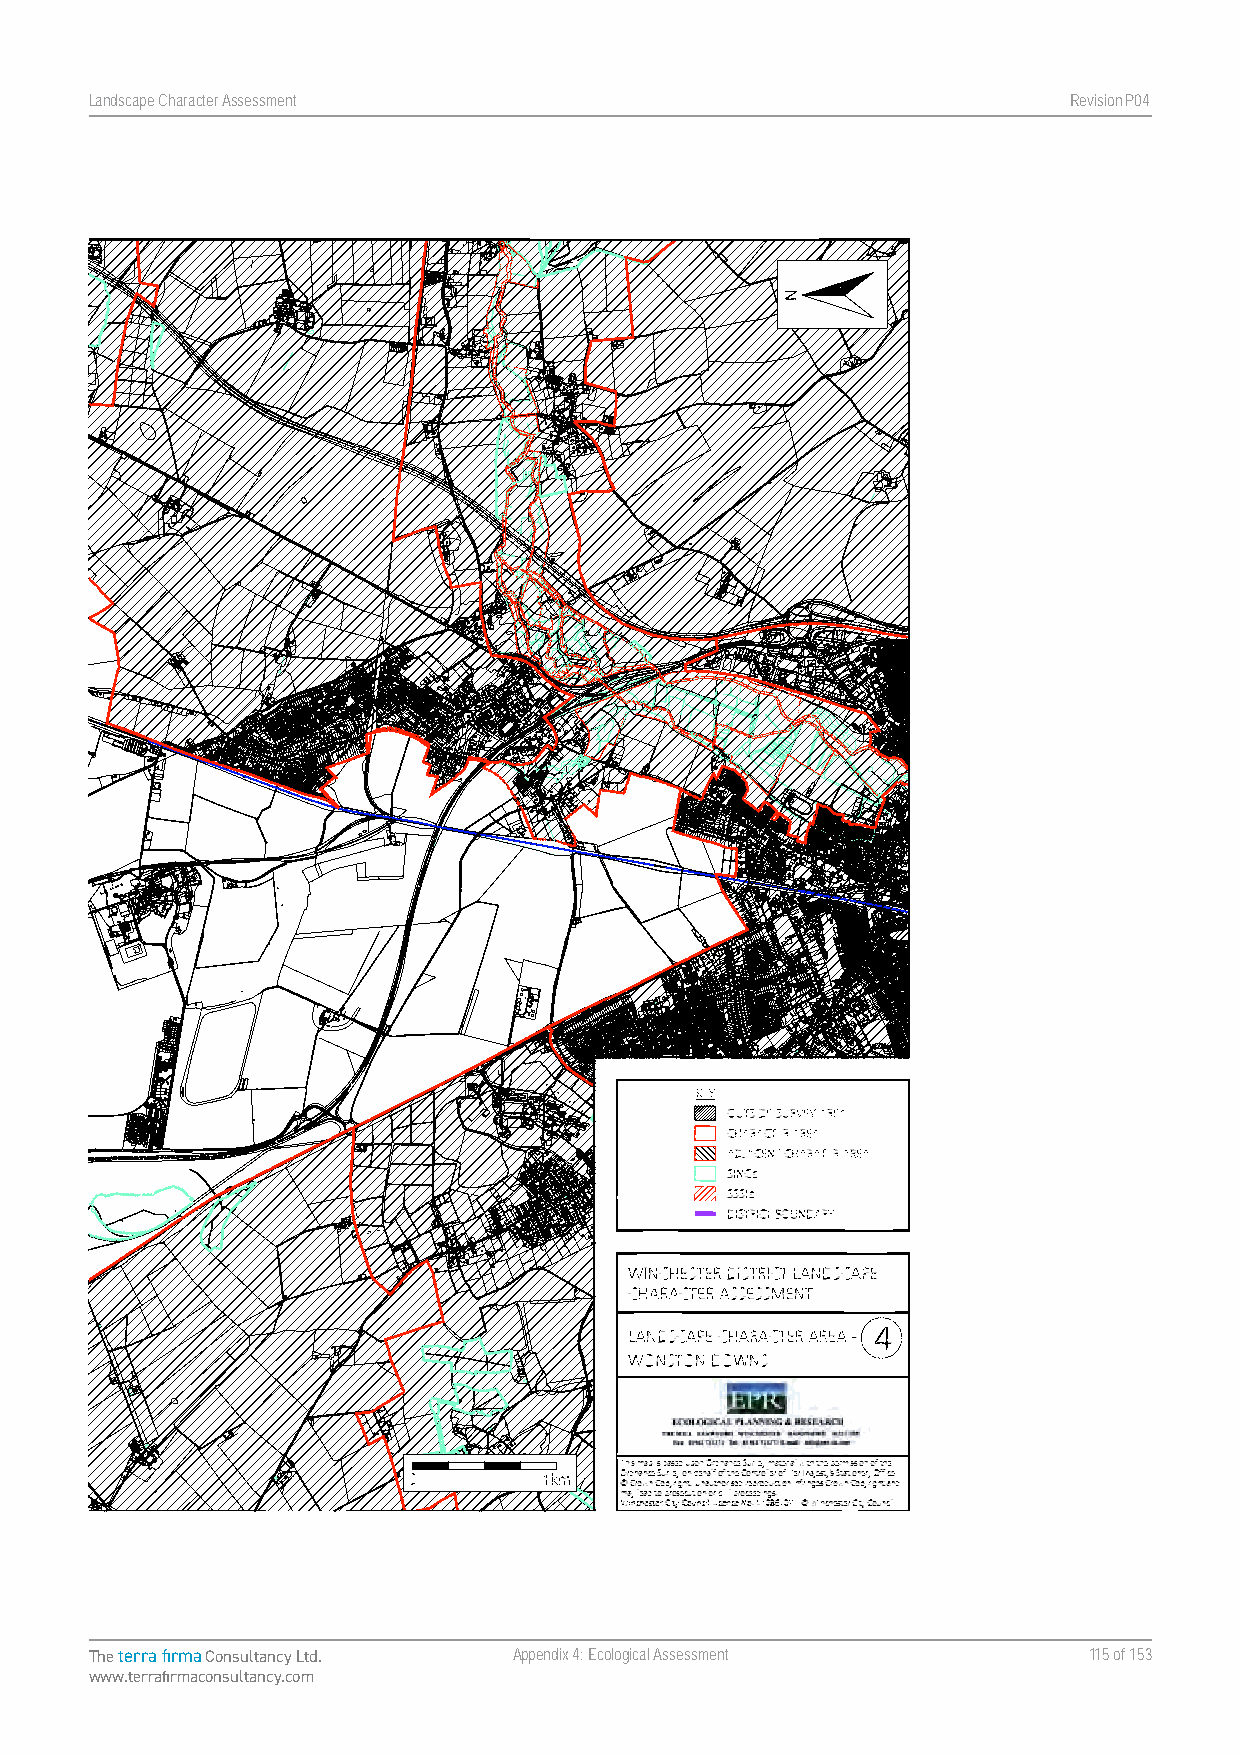
Landscape Character Assessment                                   RevisionP047
 Map 4. Landscape Character Area - Wonston Downs
 Landscape Character Assessment Appendix Four Winchester City Council
 The terra firma Consultancy Ltd. Appendix 4: Ecological Assessment 115 of 153
 www.terrafirmaconsultancy.com